Source: Handwritten
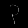
Digit: ၃ (3)